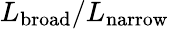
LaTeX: L_{\mathrm{broad}}/L_{\mathrm{narrow}}